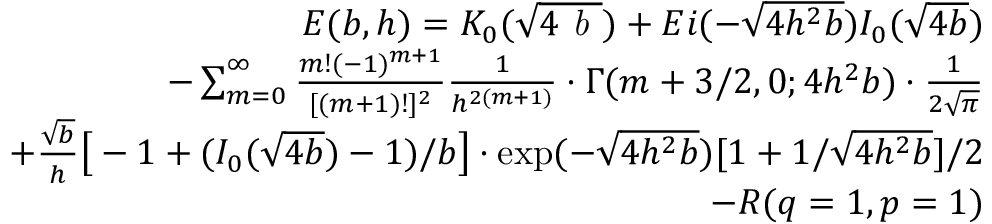
\begin{array} { r l r } & { } & { E ( b , h ) = K _ { 0 } ( \sqrt { 4 \emph { b } } ) + E i ( - \sqrt { 4 h ^ { 2 } b } ) I _ { 0 } ( \sqrt { 4 b } ) } \\ & { } & { - \sum _ { m = 0 } ^ { \infty } { \frac { m ! ( - 1 ) ^ { m + 1 } } { [ ( m + 1 ) ! ] ^ { 2 } } } { \frac { 1 } { h ^ { 2 ( m + 1 ) } } } \cdot \Gamma ( m + 3 / 2 , 0 ; 4 h ^ { 2 } b ) \cdot { \frac { 1 } { 2 \sqrt { \pi } } } } \\ & { } & { + { \frac { \sqrt { b } } { h } } \big [ - 1 + ( I _ { 0 } ( \sqrt { 4 b } ) - 1 ) / b \big ] \cdot \exp ( - \sqrt { 4 h ^ { 2 } b } ) [ 1 + 1 / \sqrt { 4 h ^ { 2 } b } ] / 2 } \\ & { } & { - R ( q = 1 , p = 1 ) } \end{array}